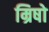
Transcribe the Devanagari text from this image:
म्रिषो